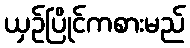
ယှဉ်ပြိုင်ကစားမည်